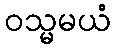
ဝသ္မမယံ